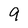
Character: 9